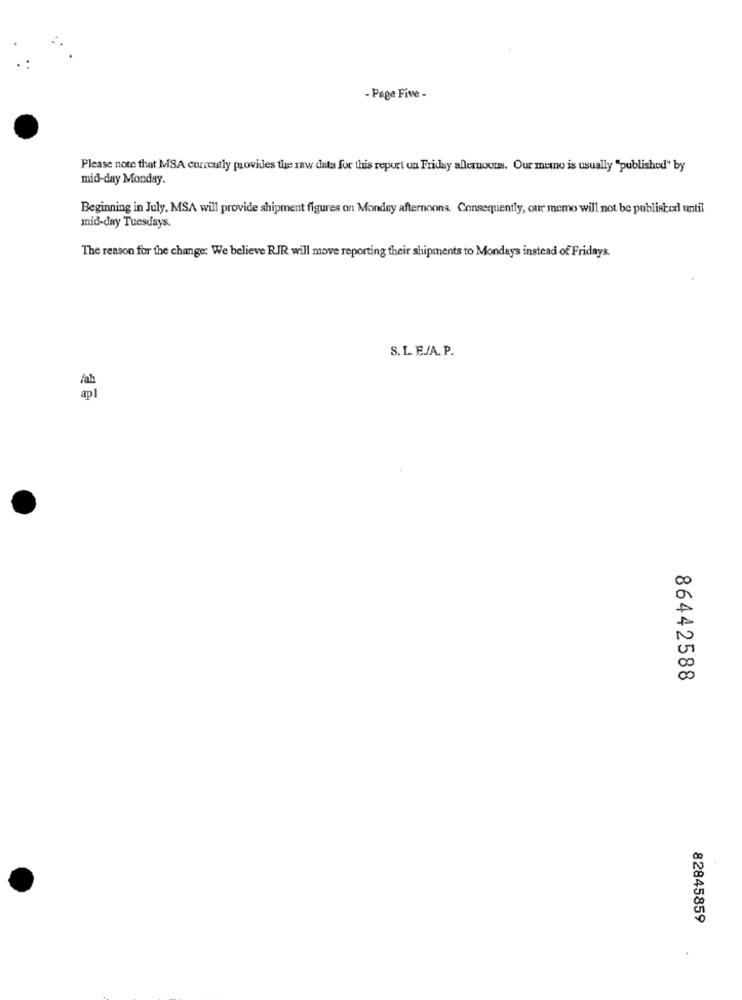
- Page Five -
Please note that MSA currently provides the raw data for this report on Friday allernoons. Our metno is usually "published" by
mid-day Monday.
Beginning in July, MSA will provide shipment figures on Monday afternoons. Consequently, our memo will not be published until
mid-day Tuesdays.
The reason for the change: We believe RIR will move reporting their shipments to Mondays instead of Fridays.
S. L. E/A. P.
86442588
82845859